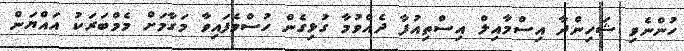
ހުންނެވި ޝަހިންދާ އިސްމާއިލް އިސްތިއުފާ ދެއްވުމާ ގުޅިގެން ހުސްވެފައިވާ މަގާމަށް މެމްބަރަކު އައްޔަން